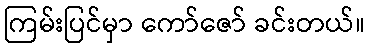
ကြမ်းပြင်မှာ ကော်ဇော် ခင်းတယ်။